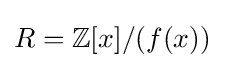
R=\mathbb {Z} [x]/(f(x))